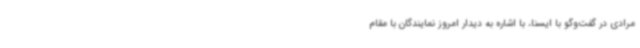
مرادی در گفت‌وگو با ایسنا، با اشاره به دیدار امروز نمایندگان با مقام